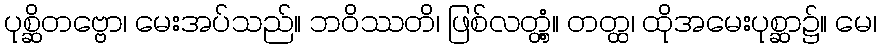
ပုစ္ဆိတဗ္ဗော၊ မေးအပ်သည်။ ဘဝိဿတိ၊ ဖြစ်လတ္တံ့။ တတ္ထ၊ ထိုအမေးပုစ္ဆာ၌။ မေ၊